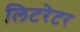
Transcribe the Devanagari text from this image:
लिटरेटर